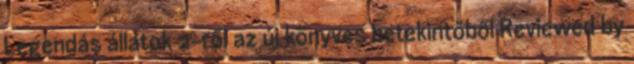
Legendás állatok 2-ről az új könyves betekintőből Reviewed by